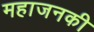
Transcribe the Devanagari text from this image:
महाजनकी